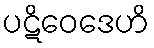
ပဋိဝေဒေဟိ